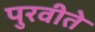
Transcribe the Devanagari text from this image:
पुरवीते